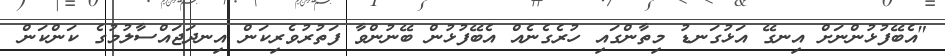
"އެބޭފުޅުންނަށް އިނގޭ އަޅުގަނޑު މިތާންގައި ހުރެގެނެއް އެބޭފުޅުން ބޭނުންވާ ފަތުރުވެރިކަން އިނދަޖައްސާލުމުގެ ކަންކަން